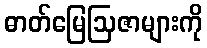
ဓာတ်မြေဩဇာများကို